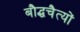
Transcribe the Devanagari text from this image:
बौद्धचैत्यों